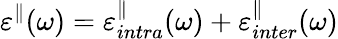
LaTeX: \varepsilon^{\parallel}(\omega)=\varepsilon_{intra}^{\parallel}(\omega)+\varepsilon_{inter}^{\parallel}(\omega)